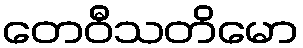
တေဝီသတိမော